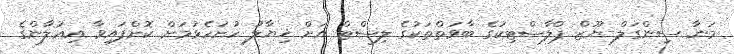
މަނާ ސިންގަލް-ޔޫޒް ޕްލާސްޓިކުގެ ބާވަތްތަކުގެ ލިސްޓް އަށް ޚިޔާލު ހުށަހެޅުމަށް ކޮށްފައިވާ އިޢުލާންގެ